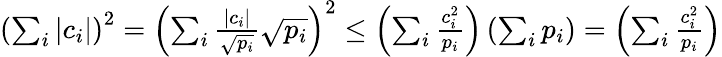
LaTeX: \begin{array}{r}{\left(\sum_{i}|c_{i}|\right)^{2}=\left(\sum_{i}\frac{|c_{i}|}{\sqrt{p_{i}}}\sqrt{p_{i}}\right)^{2}\leq\left(\sum_{i}\frac{c_{i}^{2}}{p_{i}}\right)\left(\sum_{i}p_{i}\right)=\left(\sum_{i}\frac{c_{i}^{2}}{p_{i}}\right)}\end{array}